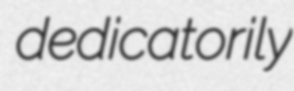
dedicatorily